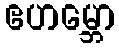
ဧဟမ္ဘော